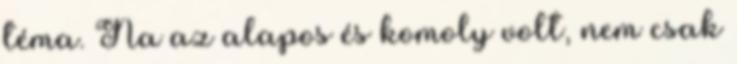
téma. Na az alapos és komoly volt, nem csak